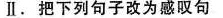
Ⅱ.把下列句子改为感叹句